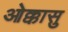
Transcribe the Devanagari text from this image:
ओक्कासु